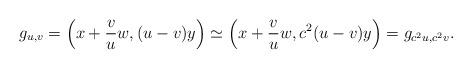
LaTeX: \begin{align*}g_{u,v} = \left( x+\frac{v}{u}w, (u-v)y \right) \simeq \left( x+\frac{v}{u}w, c^2(u-v)y \right) = g_{c^2u,c^2v}.\end{align*}